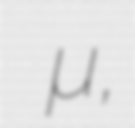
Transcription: Πασά Τζαμί,